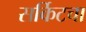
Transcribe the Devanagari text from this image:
सर्किटचा